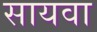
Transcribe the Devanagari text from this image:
सायवा